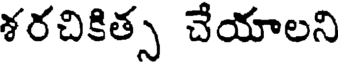
శరచికిత్స చేయాలని